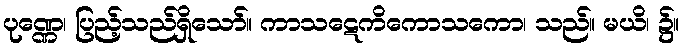
ပုဏ္ဏေ၊ ပြည့်သည်ရှိသော်။ ကာသဋေကိကောသကော၊ သည်။ မယိ၊ ၌။